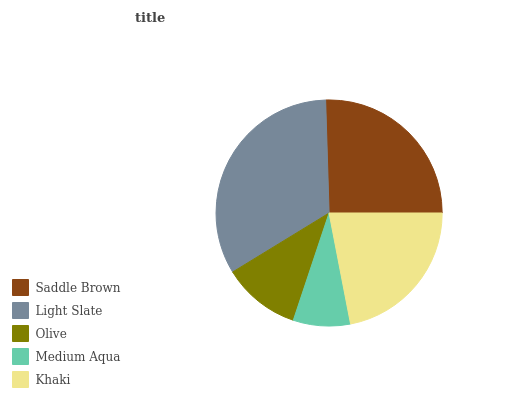
| Saddle Brown | Light Slate | Olive | Medium Aqua | Khaki |
 | --- | --- | --- | --- | --- |
 | 25.5% | 33.3% | 11.1% | 8.16% | 22% |